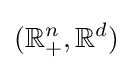
(\mathbb {R} _{+}^{n},\mathbb {R} ^{d})